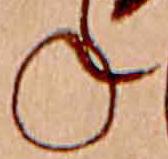
ね